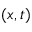
( x , t )